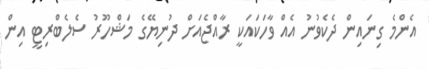
އެންމެ ގިނައިން ދެކެވުނު އެއް ވާހަކައަކީ ރާއްޖެއަށް ދުނިޔޭގެ މަޝްހޫރު ސެލެބްރިޓީ އިން